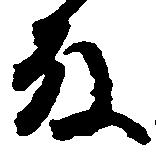
殿